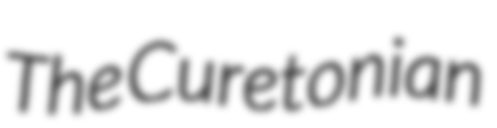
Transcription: The Curetonian